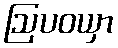
ဩပဝယှာ